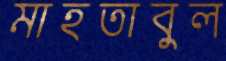
মাহতাবুল